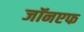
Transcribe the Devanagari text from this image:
जॉनएफ